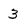
Character: 3